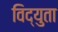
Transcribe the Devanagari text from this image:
विद्युता